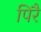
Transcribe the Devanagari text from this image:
पिरै